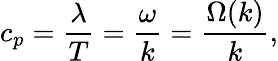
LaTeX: c_{p}={\frac{\lambda}{T}}={\frac{\omega}{k}}={\frac{\Omega(k)}{k}},